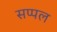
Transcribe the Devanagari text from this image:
सप्पल